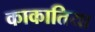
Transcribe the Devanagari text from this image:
काकातिया